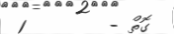
ގޮތް -        1